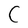
Character: C